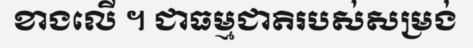
ខាងលើ ។ ជាធម្មជាតិរបស់សម្រង់